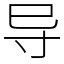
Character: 导